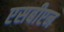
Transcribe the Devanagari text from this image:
एसबीएन